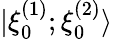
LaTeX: |\xi_{0}^{(1)};\xi_{0}^{(2)}\rangle